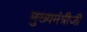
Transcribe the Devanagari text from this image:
मुख्यमंत्रीजी